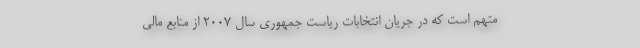
متهم است که در جریان انتخابات ریاست جمهوری سال 2007 از منابع مالی